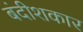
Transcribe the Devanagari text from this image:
बंदीशकार